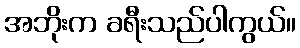
အဘိုးက ခရီးသည်ပါကွယ်။